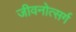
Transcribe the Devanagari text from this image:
जीवनोत्सर्ग